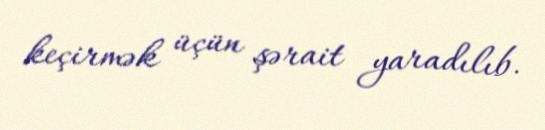
keçirmək üçün şərait yaradılıb.